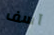
آسف